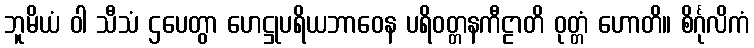
ဘူမိယံ ဝါ သီသံ ဌပေတွာ ဟေဋ္ဌုပရိယဘာဝေန ပရိဝတ္တနကီဠာတိ ဝုတ္တံ ဟောတိ။ စိင်္ဂုလိကံ